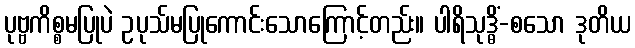
ပုဗ္ဗကိစ္စမပြုပဲ ဥပုသ်မပြုကောင်းသောကြောင့်တည်း။ ပါရိသုဒ္ဓိံ-စသော ဒုတိယ